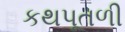
કથપૂતળી